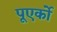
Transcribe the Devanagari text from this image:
पूएर्को